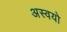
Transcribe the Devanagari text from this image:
अस्वयो